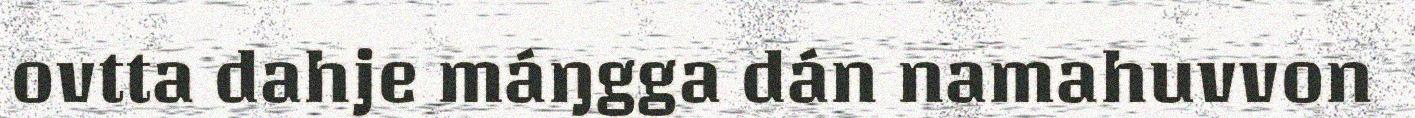
ovtta dahje máŋgga dán namahuvvon